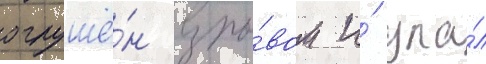
оглушё́н взры́вом и́ упа́л